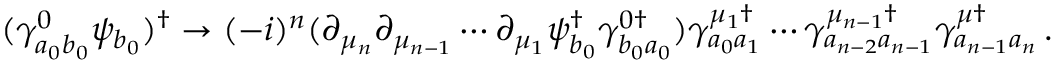
( \gamma _ { a _ { 0 } b _ { 0 } } ^ { 0 } \psi _ { b _ { 0 } } ) ^ { \dagger } \rightarrow ( - i ) ^ { n } ( \partial _ { \mu _ { n } } \partial _ { \mu _ { n - 1 } } \cdots \partial _ { \mu _ { 1 } } \psi _ { b _ { 0 } } ^ { \dagger } \gamma _ { b _ { 0 } a _ { 0 } } ^ { 0 \dagger } ) \gamma _ { a _ { 0 } a _ { 1 } } ^ { \mu _ { 1 } \dagger } \cdots \gamma _ { a _ { n - 2 } a _ { n - 1 } } ^ { \mu _ { n - 1 } \dagger } \gamma _ { a _ { n - 1 } a _ { n } } ^ { \mu \dagger } \, .